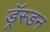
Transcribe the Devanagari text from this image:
ड्रॅस्डन